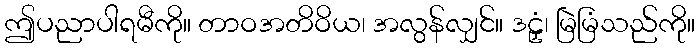
ဤပညာပါရမီကို။ တာဝအတိဝိယ၊ အလွန်လျှင်။ ဒဠှံ၊ မြဲမြံသည်ကို။